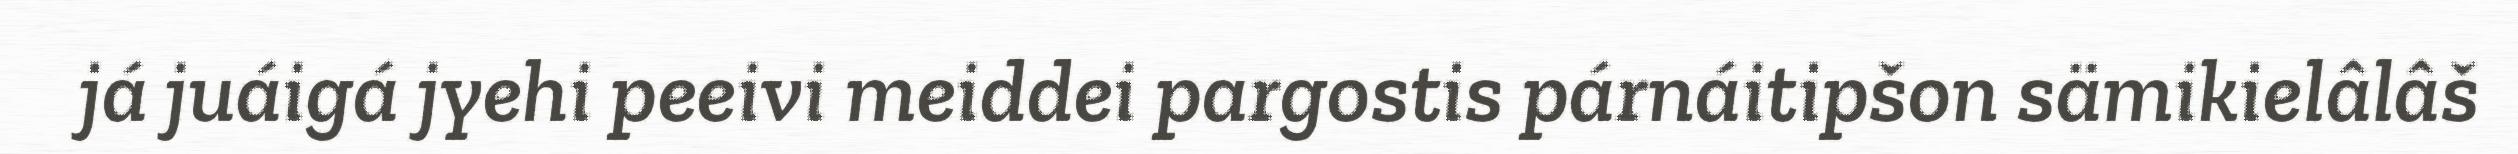
já juáigá jyehi peeivi meiddei pargostis párnáitipšon sämikielâlâš